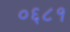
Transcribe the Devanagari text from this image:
०६८१